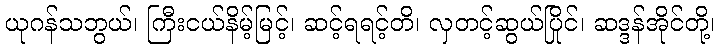
ယုဂန်သဘွယ်၊ ကြီးငယ်နိမ့်မြင့်၊ ဆင့်ရရင့်တိ၊ လှတင့်ဆွယ်ပြိုင်၊ ဆဒ္ဒန်အိုင်တို့၊